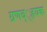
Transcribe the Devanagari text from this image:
ग्रणव््ह्रयक